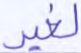
لغير